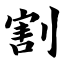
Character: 割